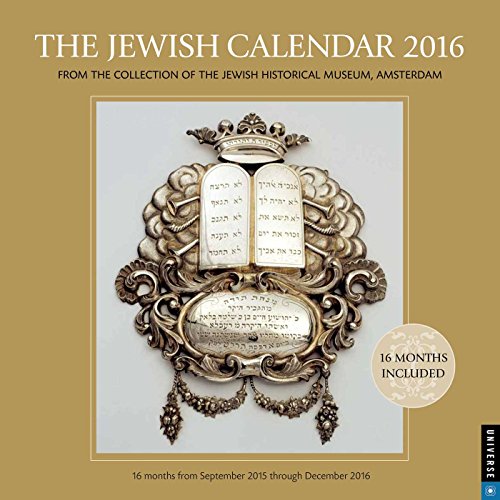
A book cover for The Jewish Calendar 2016: Jewish Year 5776 16-Month Wall Calendar; Jewish Historical Museum Amsterdam; Calendars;